Indian journal of veterinary science and animal husbandry - Volume 14,
Year: 1944
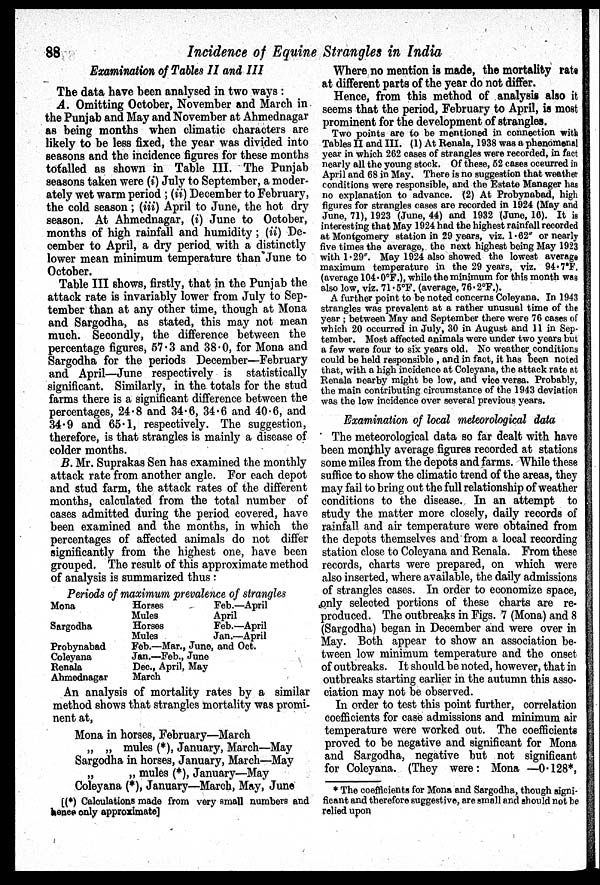
88
Incidence of Equine Strangles in India
Examination of Tables II and III
The data have been analysed in two ways :
A. Omitting October, November and March in
the Punjab and May and November at Ahmednagar
as being months when climatic characters are
likely to be less fixed, the year was divided into
seasons and the incidence figures for these months
totalled as shown in Table III. The Punjab
seasons taken were (i) July to September, a moder-
ately wet warm period ; (ii) December to February,
the cold season; (iii) April to June, the hot dry
season. At Ahmednagar, (i) June to October,
months of high rainfall and humidity; (ii) De-
cember to April, a dry period with a distinctly
lower mean minimum temperature than June to
October.
Table III shows, firstly, that in the Punjab the
attack rate is invariably lower from July to Sep-
tember than at any other time, though at Mona
and Sargodha, as stated, this may not mean
much. Secondly, the difference between the
percentage figures, 57.3 and 38.0, for Mona and
Sargodha for the periods December—February
and April—June respectively is statistically
significant. Similarly, in the totals for the stud
farms there is a significant difference between the
percentages, 24.8 and 34.6, 34.6 and 40.6, and
34.9 and 65.1, respectively. The suggestion,
therefore, is that strangles is mainly a disease of
colder months.
B. Mr. Suprakas Sen has examined the monthly
attack rate from another angle. For each depot
and stud farm, the attack rates of the different
months, calculated from the total number of
cases admitted during the period covered, have
been examined and the months, in which the
percentages of affected animals do not differ
significantly from the highest one, have been
grouped. The result of this approximate method
of analysis is summarized thus :
Periods of maximum prevalence of strangles
Mona
Sargodha
Probynabad
Coleyana
Renala
Ahmednagar
Horses
Mules
Horses
Mules
Feb.—Mar.,
Jan.—Feb.,
Dec, April,
March
Feb.—April
April
Feb.—April
Jan.—April
June, and Oct.
June
May
An analysis of mortality rates by a similar
method shows that strangles mortality was promi-
nent at,
Mona in horses, February—March
„ „ mules (*), January, March—May
Sargodha in horses, January, March—May
„
„ mules (*), January—May
Coleyana (*), January—March, May, June
[(*) Calculations made from very small numbers and
hence only approximate]
Where no mention is made, the mortality rate
at different parts of the year do not differ.
Hence, from this method of analysis also it
seems that the period, February to April, is most
prominent for the development of strangles.
Two points are to be mentioned in connection with
Tables II and III. (1) At Renala, 1938 was a phenomenal
year in which 262 cases of strangles were recorded, in fact
nearly all the young stock. Of these, 52 cases occurred in
April and 68 in May. There is no suggestion that weather
conditions were responsible, and the Estate Manager has
no explanation to advance. (2) At Probynabad, high
figures for strangles cases are recorded in 1924 (May and
June, 71), 1923 (June, 44) and 1932 (June, 16). It is
interesting that May 1924 had the highest rainfall recorded
at Montgomery station in 29 years, viz. 1.62" or nearly
five times the average, the next highest being May 1923
with 1.29". May 1924 also showed the lowest average
maximum temperature in the 29 years, viz. 94.7°F.
(average 104.0°F.), while the minimum for this month was
also low, viz. 71.5°F. (average, 76.2°F.).
A further point to be noted concerns Coleyana. In 1943
strangles was prevalent at a rather unusual time of the
year ; between May and September there were 76 cases of
which 20 occurred in July, 30 in August and 11 in Sep-
tember. Most affected animals were under two years but
a few were four to six years old. No weather conditions
could be held responsible , and in fact, it has been noted
that, with a high incidence at Coleyana, the attack rate at
Renala nearby might be low, and vice versa. Probably,
the main contributing circumstance of the 1943 deviation
was the low incidence over several previous years.
Examination of local meteorological data
The meteorological data so far dealt with have
been monthly average figures recorded at stations
some miles from the depots and farms. While these
suffice to show the climatic trend of the areas, they
may fail to bring out the full relationship of weather
conditions to the disease. In an attempt to
study the matter more closely, daily records of
rainfall and air temperature were obtained from
the depots themselves and from a local recording
station close to Coleyana and Renala. From these
records, charts were prepared, on which were
also inserted, where available, the daily admissions
of strangles cases. In order to economize space,
only selected portions of these charts are re-
produced. The outbreaks in Figs. 7 (Mona) and 8
(Sargodha) began in December and were over in
May. Both appear to show an association be-
tween low minimum temperature and the onset
of outbreaks. It should be noted, however, that in
outbreaks starting earlier in the autumn this asso-
ciation may not be observed.
In order to test this point further, correlation
coefficients for case admissions and minimum air
temperature were worked out. The coefficients
proved to be negative and significant for Mona
and Sargodha, negative but not significant
for Coleyana. (They were: Mona —0.128*,
* The coefficients for Mona and Sargodha, though signi-
ficant and therefore suggestive, are small and should not be
relied upon